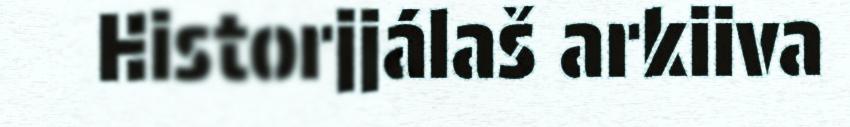
Historjjálaš arkiiva